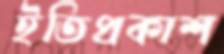
ইতিপ্রকাশ